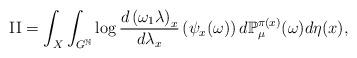
LaTeX: \begin{align*}{\rm II}=\int_{X}\int_{G^{\mathbb{N}}}\log\frac{d\left(\omega_{1}\lambda\right)_{x}}{d\lambda_{x}}\left(\psi_{x}(\omega)\right)d\mathbb{P}_{\mu}^{\pi(x)}(\omega)d\eta(x),\end{align*}